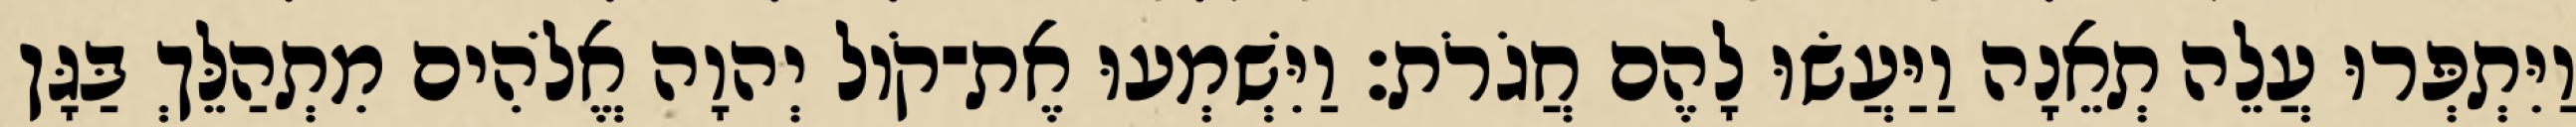
וַיִּתְפְּרוּ עֲלֵה תְאֵנָה וַיַּעֲשׂוּ לָהֶם חֲגֹרֹת׃ וַיִּשְׁמְעוּ אֶת־קֹול יְהוָה אֱלֹהִים מִתְהַלֵּךְ בַּגָּן